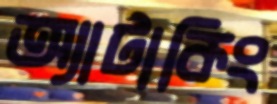
অ্যাটাকিং